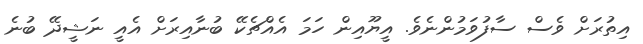
އިތުރަށް ވެސް ސާފުވަމުންނެވެ. އީޔޫއިން ހަމަ އެއްޗެކޭ ބުނާއިރަށް އެއީ ނަޝީދޭ ބުނެ